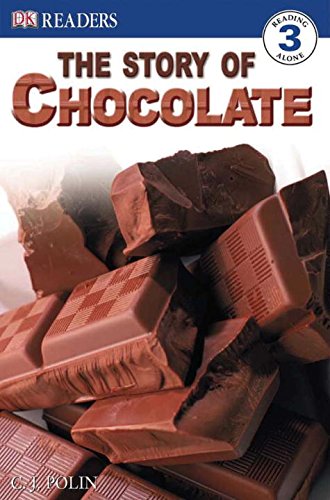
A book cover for DK Readers: the Story of Chocolate; C.J. Polin; Children's Books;